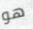
هو